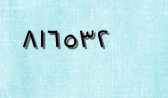
٨١٦٥٣٢